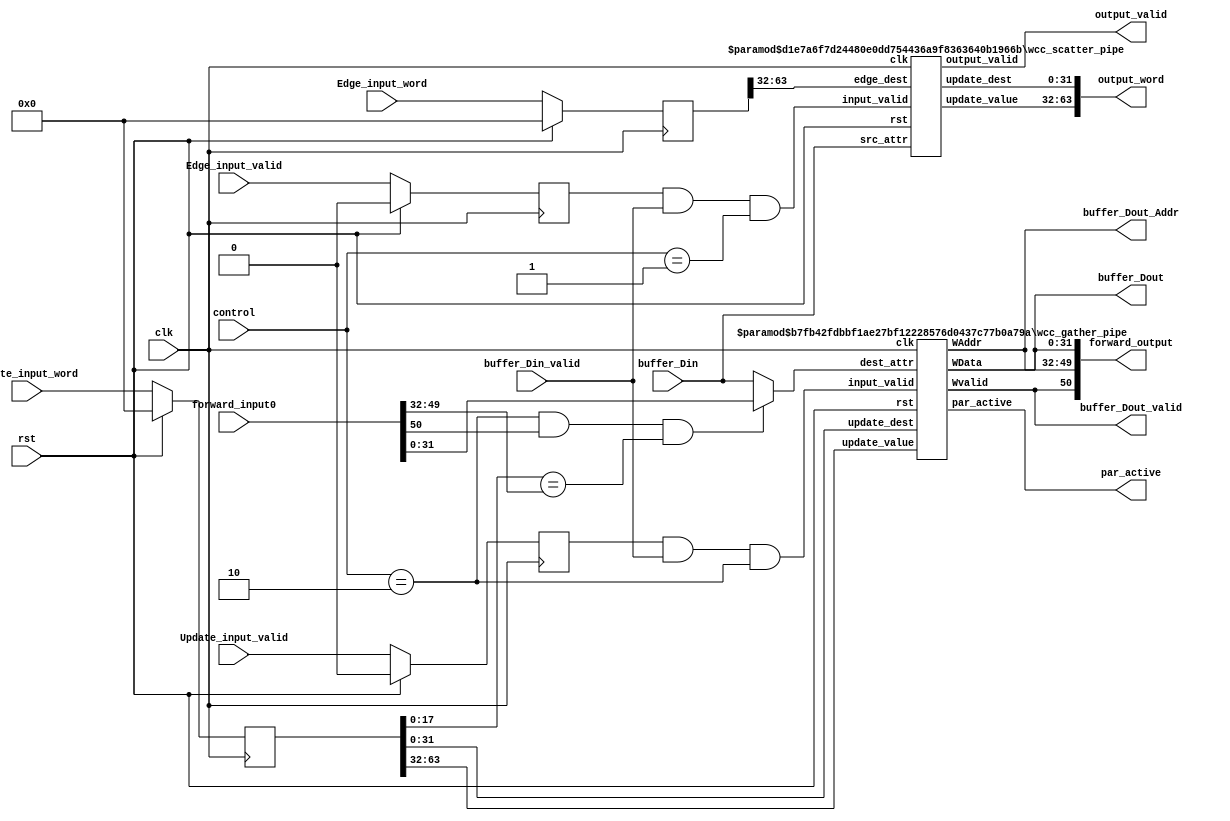
`timescale 1ns / 1ps
//////////////////////////////////////////////////////////////////////////////////
// Company: 
// Engineer: 
// 
// Design Name: 
// Module Name: WCC_PP
// Project Name: 
// Target Devices: 
// Tool Versions: 
// Description: 
// 
// Dependencies: 
// 
// Revision:
// Revision 0.01 - File Created
// Additional Comments:
// 
//////////////////////////////////////////////////////////////////////////////////
module WCC_PP # (
	 parameter PIPE_DEPTH = 5,
	 parameter URAM_DATA_W = 32,
	 parameter PAR_SIZE_W = 18,
	 parameter EDGE_W = 64
)(
		input wire clk,
	 input wire                      rst,
	 input wire [1:0]                control,
	 
	 input wire [URAM_DATA_W-1:0]    buffer_Din,
	 input wire                      buffer_Din_valid,
	 
	 input wire [EDGE_W-1:0]         Edge_input_word,
	 input wire [0:0]                Edge_input_valid,
	 
	 input wire [64-1:0]             Update_input_word,
	 input wire [0:0]                Update_input_valid,
	 
	 output wire [URAM_DATA_W-1:0]   buffer_Dout,
	 output wire [PAR_SIZE_W-1:0]    buffer_Dout_Addr,
	 output wire                     buffer_Dout_valid,
	 
	 output wire [63:0]              output_word,
	 output wire [0:0]               output_valid,
	 
	 output wire [0:0]               par_active,
	 input wire [PAR_SIZE_W+URAM_DATA_W:0]	forward_input0,
	 output wire [PAR_SIZE_W+URAM_DATA_W:0]	forward_output
);
	 reg [EDGE_W-1:0] Edge_input_word_reg;
	 reg [0:0]  Edge_input_valid_reg;
	 
	 reg [64-1:0] Update_input_word_reg;
	 reg [0:0]  Update_input_valid_reg;
	 
	 wire [31:0] dest_attr;
	 
	 
	 always @(posedge clk) begin 
	 if (rst) begin 
         Edge_input_word_reg <= 0; 
         Edge_input_valid_reg <= 0; 
         Update_input_word_reg <= 0; 
         Update_input_valid_reg <= 0;
	 end  else begin 
	   Edge_input_word_reg <= Edge_input_word; 
	   Edge_input_valid_reg <= Edge_input_valid; 
	   Update_input_word_reg <= Update_input_word; 
	   Update_input_valid_reg <= Update_input_valid; 
	 end 
end
	 assign dest_attr =((control==2) && (forward_input0[PAR_SIZE_W+URAM_DATA_W:PAR_SIZE_W+URAM_DATA_W]) && (Update_input_word_reg[PAR_SIZE_W-1:0]==forward_input0[PAR_SIZE_W+URAM_DATA_W-1:URAM_DATA_W])) ? forward_input0[URAM_DATA_W-1:0] : buffer_Din;
	 assign forward_output = {buffer_Dout_valid, buffer_Dout_Addr, buffer_Dout};
	 wcc_scatter_pipe # (
	 .PIPE_DEPTH (PIPE_DEPTH), 
	 .URAM_DATA_W(URAM_DATA_W)) 
	 scatter_unit (
	 .clk(clk),
	 .rst(rst),
	 .src_attr(buffer_Din),
	 .edge_dest(Edge_input_word_reg[63:32]),
	 .input_valid(Edge_input_valid_reg && buffer_Din_valid && control==1),    
	 .update_value(output_word[63:32]),
	 .update_dest(output_word[31:0]),
	 .output_valid(output_valid));
 
	 wcc_gather_pipe # (
	 .PIPE_DEPTH (PIPE_DEPTH), 
	 .PAR_SIZE_W(PAR_SIZE_W), 
	 .URAM_DATA_W(URAM_DATA_W)) 
	 gather_unit (
	 .clk(clk),
	 .rst(rst),
	 .update_value(Update_input_word_reg[63:32]),
	 .update_dest(Update_input_word_reg[31:0]),
	 .dest_attr(dest_attr),
	 .input_valid(Update_input_valid_reg && buffer_Din_valid && control==2),
	 .WData(buffer_Dout),
	 .WAddr(buffer_Dout_Addr),
	 .Wvalid(buffer_Dout_valid),
	 .par_active(par_active));
 
endmodule

module wcc_gather_pipe # (
    parameter PIPE_DEPTH = 1,
    parameter PAR_SIZE_W = 18,
    parameter URAM_DATA_W = 32
)(
    input wire                      clk,
    input wire                      rst,        
    input wire [31:0]               update_value,
    input wire [31:0]               update_dest,
    input wire [URAM_DATA_W-1:0]    dest_attr,
    input wire [0:0]                input_valid,    
    output reg [URAM_DATA_W-1:0]   WData,
    output reg [PAR_SIZE_W-1:0]    WAddr,    
    output reg [0:0]               Wvalid,
    output reg [0:0]               par_active  
);
    always @(posedge clk) begin
        if (rst) begin
            WData <= 0;
            WAddr <= 0;
            Wvalid <= 0;
            par_active <= 0;  
        end  else begin
            WAddr <= update_dest[PAR_SIZE_W-1:0];
            WData[30:0] <= (update_value < dest_attr) ? update_value[30:0] : dest_attr[30:0];            
            WData[31:31] <= input_valid && (update_value[30:0] < dest_attr[30:0]);
            Wvalid <= input_valid && (update_value[30:0] < dest_attr[30:0]);
            par_active <= input_valid && (update_value[30:0] < dest_attr[30:0]);
        end
     end     
	
endmodule


module wcc_scatter_pipe # (
    parameter PIPE_DEPTH = 3,
    parameter URAM_DATA_W = 32
)(
    input wire                      clk,
    input wire                      rst,    
    input wire [15:0]               edge_weight,
    input wire [URAM_DATA_W-1:0]    src_attr,
    input wire [31:0]               edge_dest,
    input wire [0:0]                input_valid,    
    output reg [31:0]              update_value,
    output reg [31:0]              update_dest,    
    output reg [0:0]               output_valid  
);
    always @(posedge clk) begin
        if (rst) begin
            output_valid <= 0;
            update_value <= 0;
            update_dest <= 0;
        end else begin
            output_valid <= input_valid && src_attr[URAM_DATA_W-1:URAM_DATA_W-1];
            update_value <= src_attr[URAM_DATA_W-2:0];
            update_dest <= edge_dest;
        end
    end    
endmodule